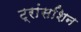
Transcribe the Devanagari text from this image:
ट्रांसशिन